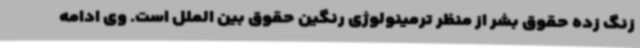
زنگ زده حقوق بشر از منظر ترمینولوژی رنگین حقوق بین الملل است. وی ادامه